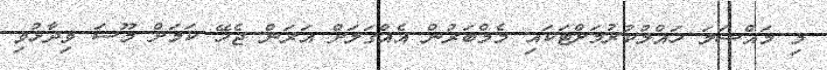
މި މައްސަލަ ހައްލުކުރުމަށްޓަކައި މެމްބަރުން އެއްގަލަށް އަރަން ޖެހޭ ކަމަށް މޫސަ ވިދާޅުވި